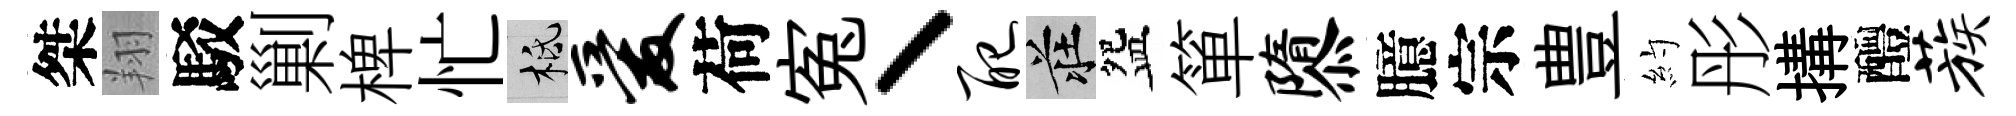
桀翔駁剿椑忙柢爱荷寃丶配莊盌箪隳臆宗豊約彤搆醴蔟